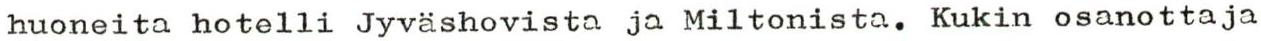
huoneita hotelli Jyväshovista ja Miltonista. Kukin osanottaja